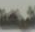
شركة